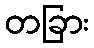
တခြား